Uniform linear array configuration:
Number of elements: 32
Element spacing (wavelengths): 0.75
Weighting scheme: hamming
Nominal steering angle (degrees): -15
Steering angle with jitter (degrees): -15.937
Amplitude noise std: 0.05
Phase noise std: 0.05

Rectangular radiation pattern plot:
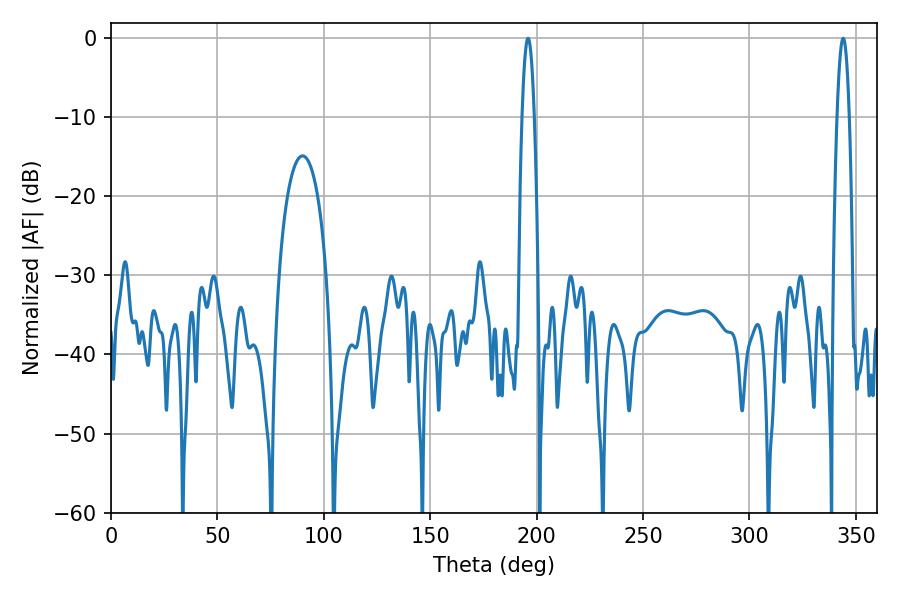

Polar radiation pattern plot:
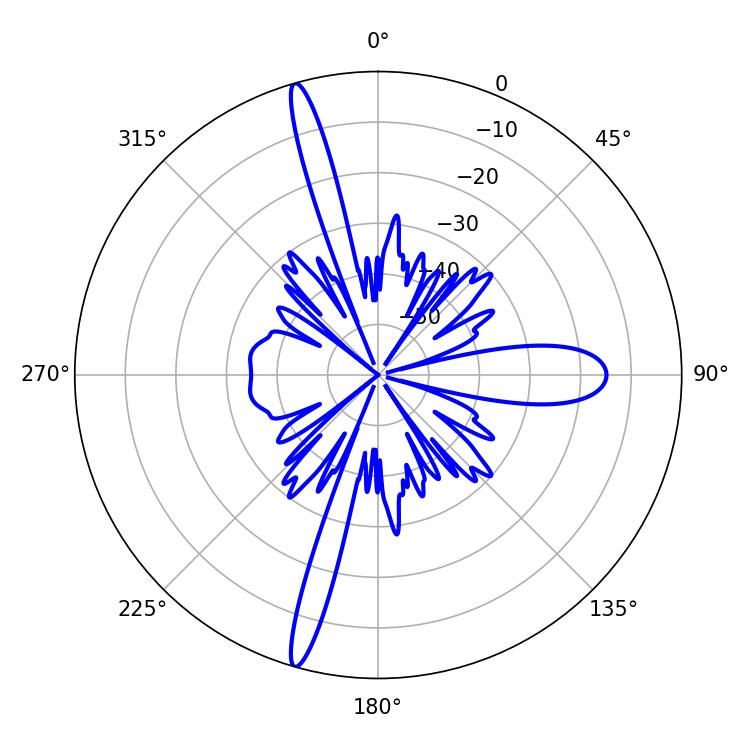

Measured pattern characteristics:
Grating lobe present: TRUE
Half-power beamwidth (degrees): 3.06
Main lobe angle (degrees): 343.98